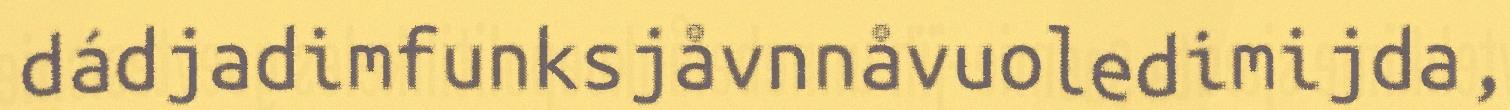
dádjadimfunksjåvnnåvuoledimijda,